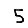
Digit: 5